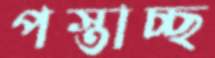
পস্তাচ্ছ